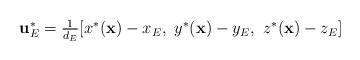
LaTeX: \begin{align*} \left. \begin{array}{l l} \textbf{u}^*_E=\frac{1}{d_E}[x^*(\textbf{x})-x_E, \ y^*(\textbf{x})-y_E, \ z^*(\textbf{x})-z_E ] \\ \end{array} \right. \end{align*}